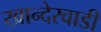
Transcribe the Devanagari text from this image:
खान्देरवाडी